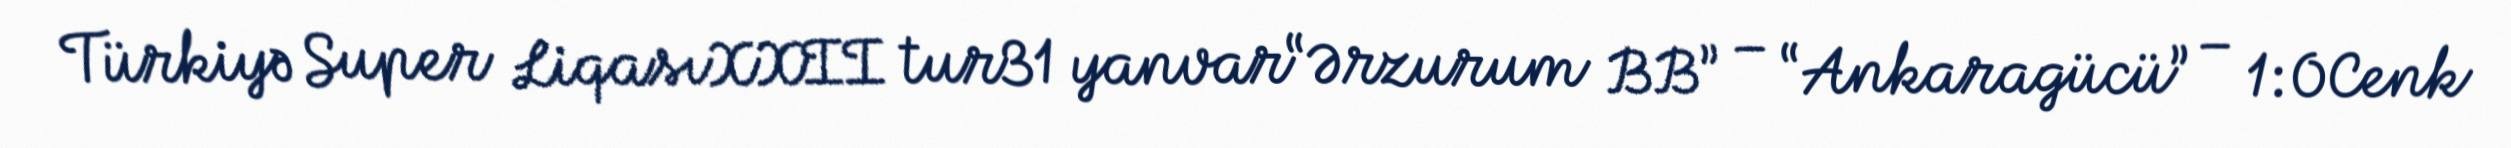
Türkiyə Super LiqasıXXII tur31 yanvar“Ərzurum BB” – “Ankaragücü” – 1:0Cenk